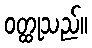
ဝတ္ထုသည်။